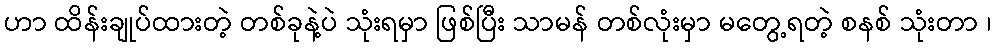
ဟာ ထိန်းချုပ်ထားတဲ့ တစ်ခုနဲ့ပဲ သုံးရမှာ ဖြစ်ပြီး သာမန် တစ်လုံးမှာ မတွေ့ရတဲ့ စနစ် သုံးတာ ၊